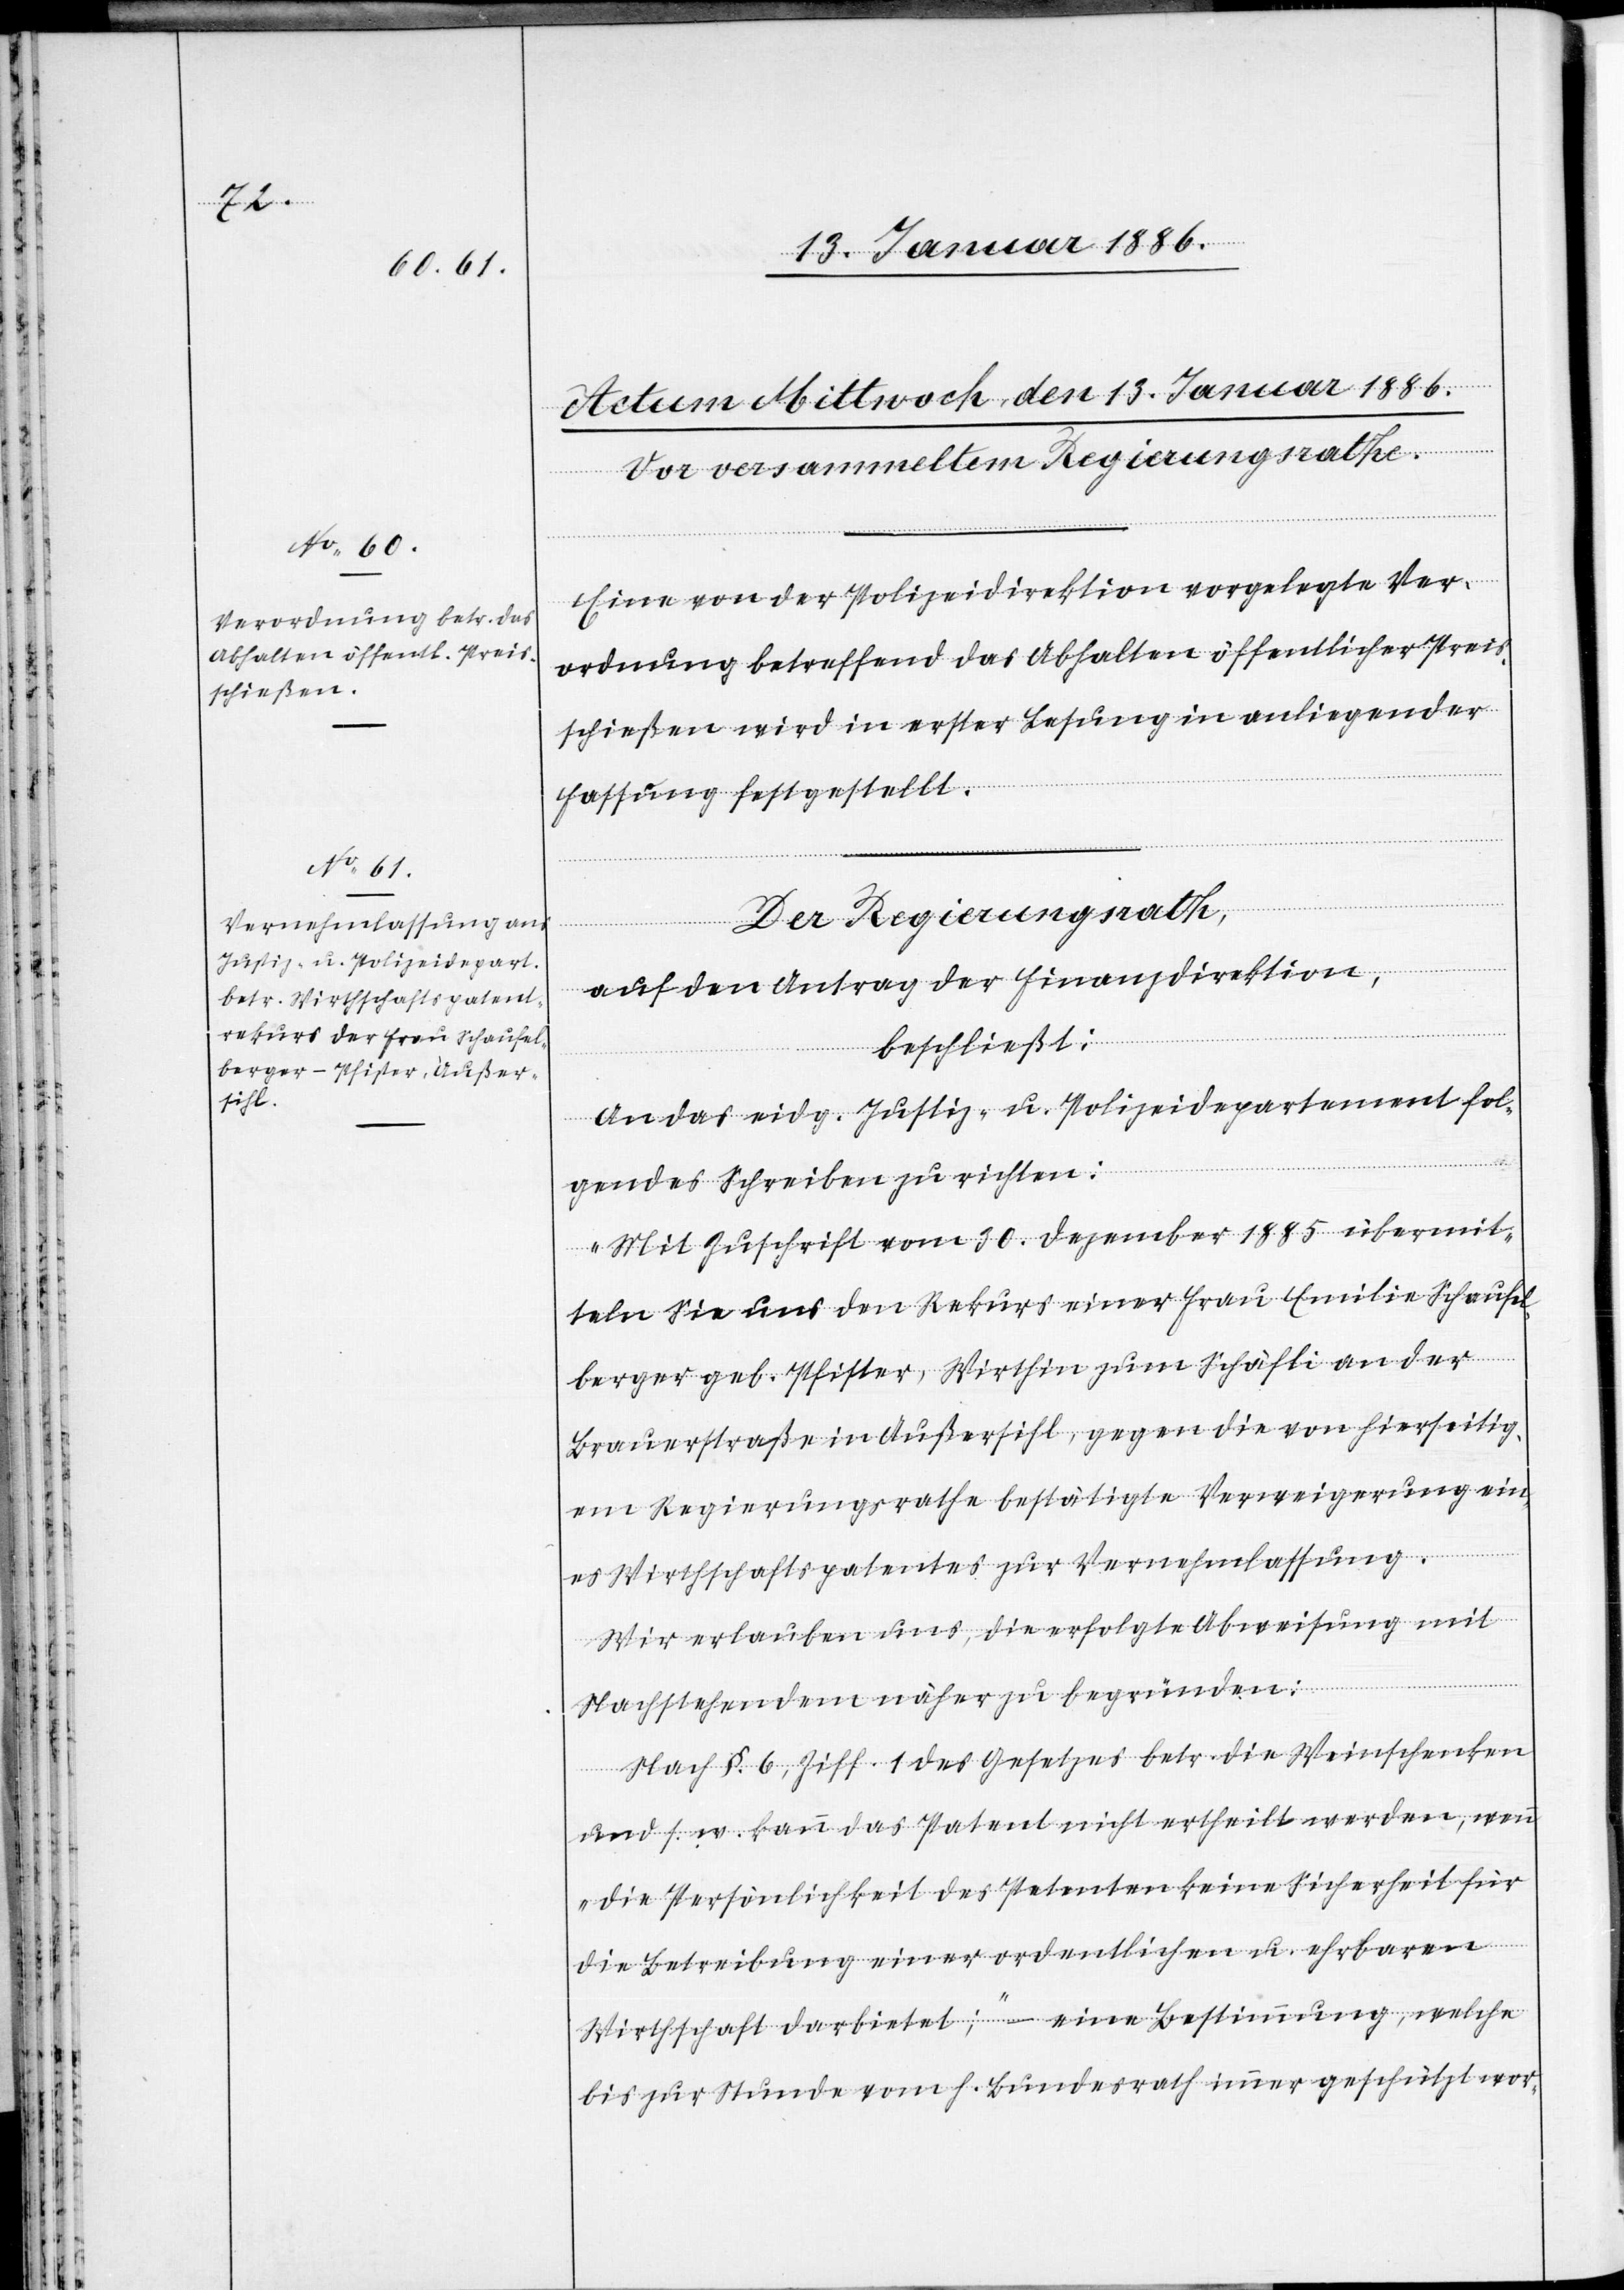
Eine von der Polizeidirektion vorgelegte Ver¬
ordnung betreffend das Abhalten öffentliches Preis¬
schießens wird in erster Lesung in anliegender
Fassung festgestellt.
Der Regierungsrath,
auf den Antrag der Finanzdirektion,
beschließt:
An das eidg. Justiz- u. Polizeidepartement fol¬
gendes Schreiben zu richten:
„Mit Zuschrift vom 30. Dezember 1885 übermit¬
teln Sie uns den Rekurs einer Frau Emilie Schaufel¬
berger geb. Pfister, Wirthin zum Schäfli an der
Brauerstraße in Außersihl, gegen die von hierseitig¬
em Regierungsrathe bestätigte Verweigerung ein¬
es Wirthschaftspatentes zur Vernehmlassung.
Wir erlauben uns, die erfolgte Abweisung mit
Nachstehendem näher zu begründen:
Nach §. 6, Ziff. 1 des Gesetzes betr. die Weinschenken
und s. w. kann das Patent nicht ertheilt werden, wenn
„die Persönlichkeit des Petenten keine Sicherheit für
die Betreibung einer ordentlichen u. ehrbaren
Wirtschaft darbietet“; – eine Bestimmung, welche
bis zur Stunde vom h. Bundesrath immer geschützt wor-